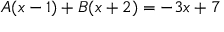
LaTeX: A ( x - 1 ) + B ( x + 2 ) = - 3 x + 7